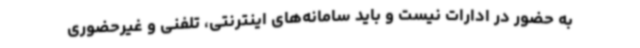
به حضور در ادارات نیست و باید سامانه‌های اینترنتی، تلفنی و غیرحضوری